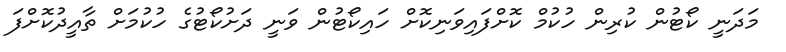
މަދަނީ ކޯޓުން ކުރިން ހުކުމް ކޮށްފައިވަނިކޮށް ހައިކޯޓުން ވަނީ ދަށުކޯޓުގެ ހުކުމަށް ތާއީދުކޮށްފަ